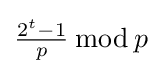
{\tfrac {2^{t}-1}{p}}\,{\bmod {\,}}p